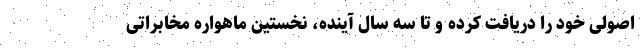
اصولی خود را دریافت کرده و تا سه سال آینده، نخستین ماهواره مخابراتی